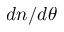
d n / d \theta